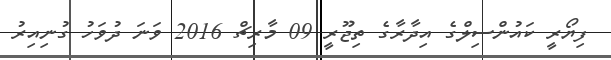
ފިޔޯރީ ކައުންސިލްގެ އިދާރާގެ ތިޖޫރީ 09 މާރިޗް 2016 ވަނަ ދުވަހު ގުނިއިރު